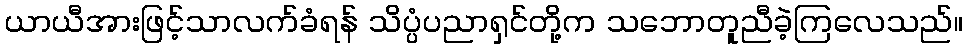
ယာယီအားဖြင့်သာလက်ခံရန် သိပ္ပံပညာရှင်တို့က သဘောတူညီခဲ့ကြလေသည်။